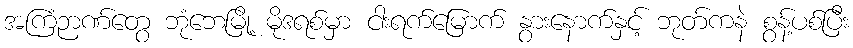
အကြံဉာဏ်တွေ ဘုံဘေမြို့ မိုဒရစ်မှာ ငါးရက်မြောက် နွားနောက်နှင့် ဘုတ်ကနဲ စွန့်ပစ်ပြီး